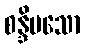
စန္ဒိမသော